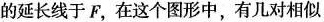
的延长线于F，在这个图形中，有几对相似